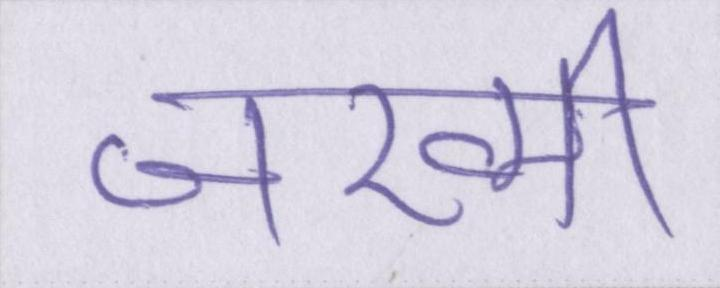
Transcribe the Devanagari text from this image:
जख्मी